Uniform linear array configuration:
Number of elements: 16
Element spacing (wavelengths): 0.5
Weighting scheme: hann
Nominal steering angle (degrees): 0
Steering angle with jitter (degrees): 1.085
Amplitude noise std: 0.05
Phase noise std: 0.05

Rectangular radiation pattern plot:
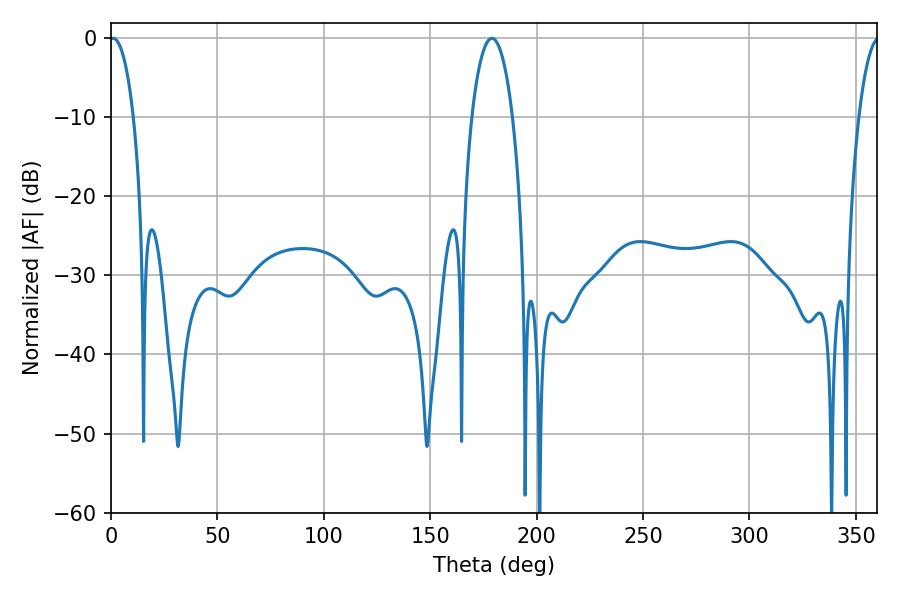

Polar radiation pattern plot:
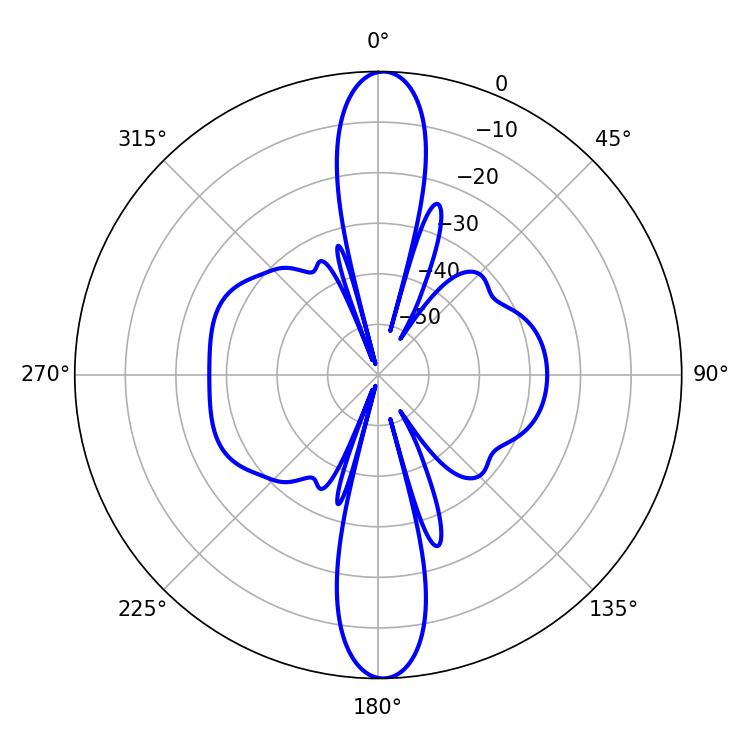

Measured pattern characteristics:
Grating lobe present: FALSE
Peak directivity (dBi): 25.549
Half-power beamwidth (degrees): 6.3
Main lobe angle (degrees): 1.08